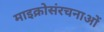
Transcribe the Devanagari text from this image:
माइक्रोसंरचनाओं